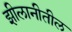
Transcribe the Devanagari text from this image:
झीलानीतील